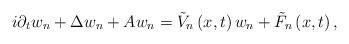
LaTeX: \begin{align*}i\partial _{t}w_{n}+\Delta w_{n}+Aw_{n}=\tilde{V}_{n}\left( x,t\right) w_{n}+\tilde{F}_{n}\left( x,t\right) , \end{align*}